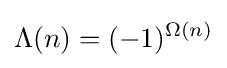
\Lambda (n)=(-1)^{\Omega (n)}